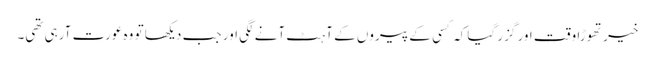
خیر تھوڑا وقت اور گزر گیا کہ کسی کے پیروں کے آہٹ آنے لگی اور جب دیکھا تو وہ عورت آرہی تھی۔